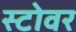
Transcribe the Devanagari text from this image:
स्टोवर